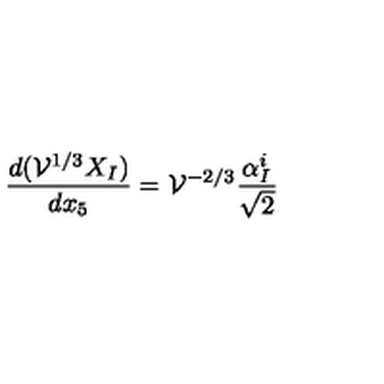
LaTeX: \frac { d ( { \cal V } ^ { 1 / 3 } X _ { I } ) } { d x _ { 5 } } = { \cal V } ^ { - 2 / 3 } \frac { \alpha _ { I } ^ { i } } { \sqrt 2 }